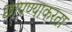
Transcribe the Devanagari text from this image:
छापण्याकरता